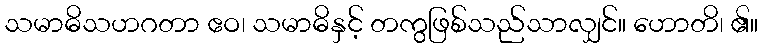
သမာဓိသဟဂတာ ဧဝ၊ သမာဓိနှင့် တကွဖြစ်သည်သာလျှင်။ ဟောတိ၊ ၏။